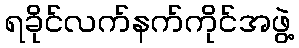
ရခိုင်လက်နက်ကိုင်အဖွဲ့